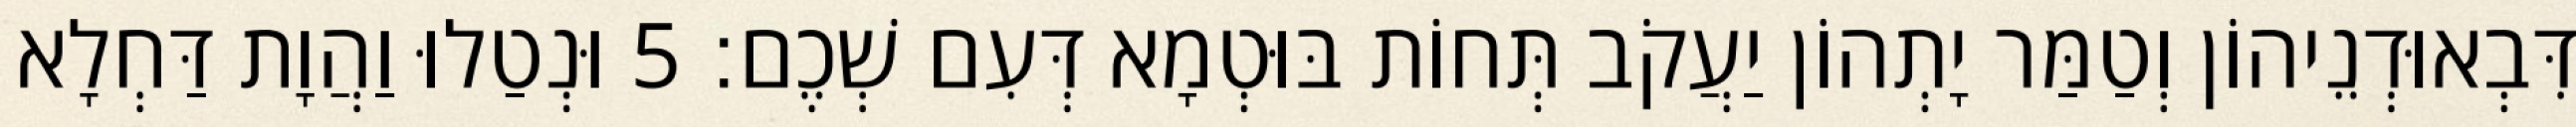
דִּבְאוּדְנֵיהוֹן וְטַמַּר יָתְהוֹן יַעֲקֹב תְּחוֹת בּוּטְמָא דְּעִם שְׁכֶם׃ 5 וּנְטַלוּ וַהֲוָת דַּחְלָא